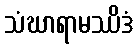
သံဃာရာမဿိဒံ